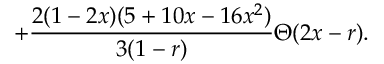
+ \frac { 2 ( 1 - 2 x ) ( 5 + 1 0 x - 1 6 x ^ { 2 } ) } { 3 ( 1 - r ) } \Theta ( 2 x - r ) .